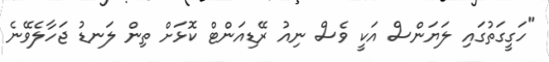
"ހަގީގަތުގައި ލަޔަންސް އަކީ ވެސް ނިއު ރޭޑިއަންޓް ކޮޅަށް ތިން ލަނޑު ޖަހާލެވޭނެ